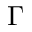
\Gamma